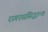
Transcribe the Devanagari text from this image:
रागरससिद्धान्त